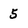
Character: 5